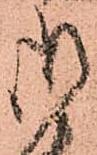
御